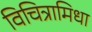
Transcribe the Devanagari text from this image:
विचित्रामिधा